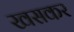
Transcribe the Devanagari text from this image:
खसकर